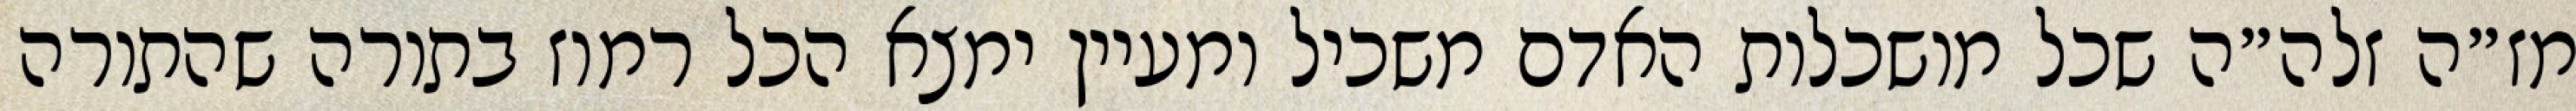
מז״ה זלה״ה שכל מושכלות האדם משכיל ומעיין ימצא הכל רמוז בתורה שהתורה